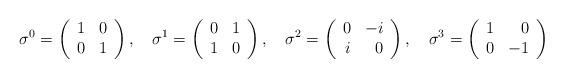
LaTeX: \begin{align*}\sigma^0=\left( \begin{array}{rr}1&0\\0&1\end{array}\right),\quad\sigma^1=\left( \begin{array}{rr}0&1\\1&0\end{array}\right),\quad\sigma^2=\left( \begin{array}{rr}0&-i\\i&0\end{array}\right),\quad\sigma^3=\left( \begin{array}{rr}1&0\\0&-1\end{array}\right)\end{align*}